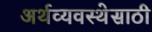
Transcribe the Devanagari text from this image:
अर्थव्यवस्थेसाठी